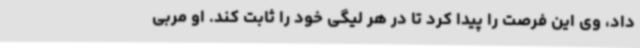
داد، وی این فرصت را پیدا کرد تا در هر لیگی خود را ثابت کند. او مربی